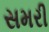
સમરી